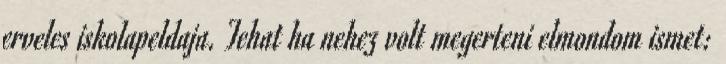
erveles iskolapeldaja. Tehat ha nehez volt megerteni elmondom ismet: